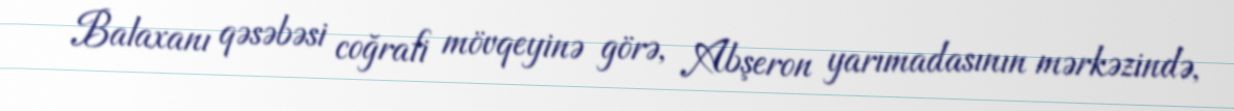
Balaxanı qəsəbəsi coğrafi mövqeyinə görə, Abşeron yarımadasının mərkəzində,